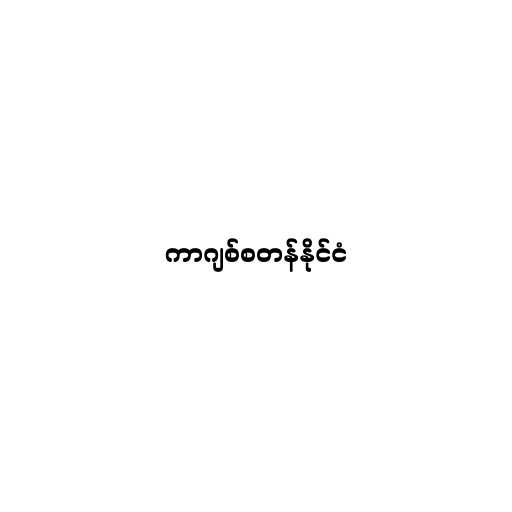
ကာဂျစ်စတန်နိုင်ငံ